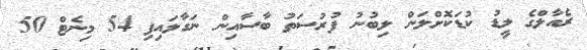
ރެއާލްގެ ލީޑު ކުޑަކޮށްލަން ލިބުނު ފުރުސަތު ބާސާއިން ނަގާލައިފި 54 މިނެޓް 50